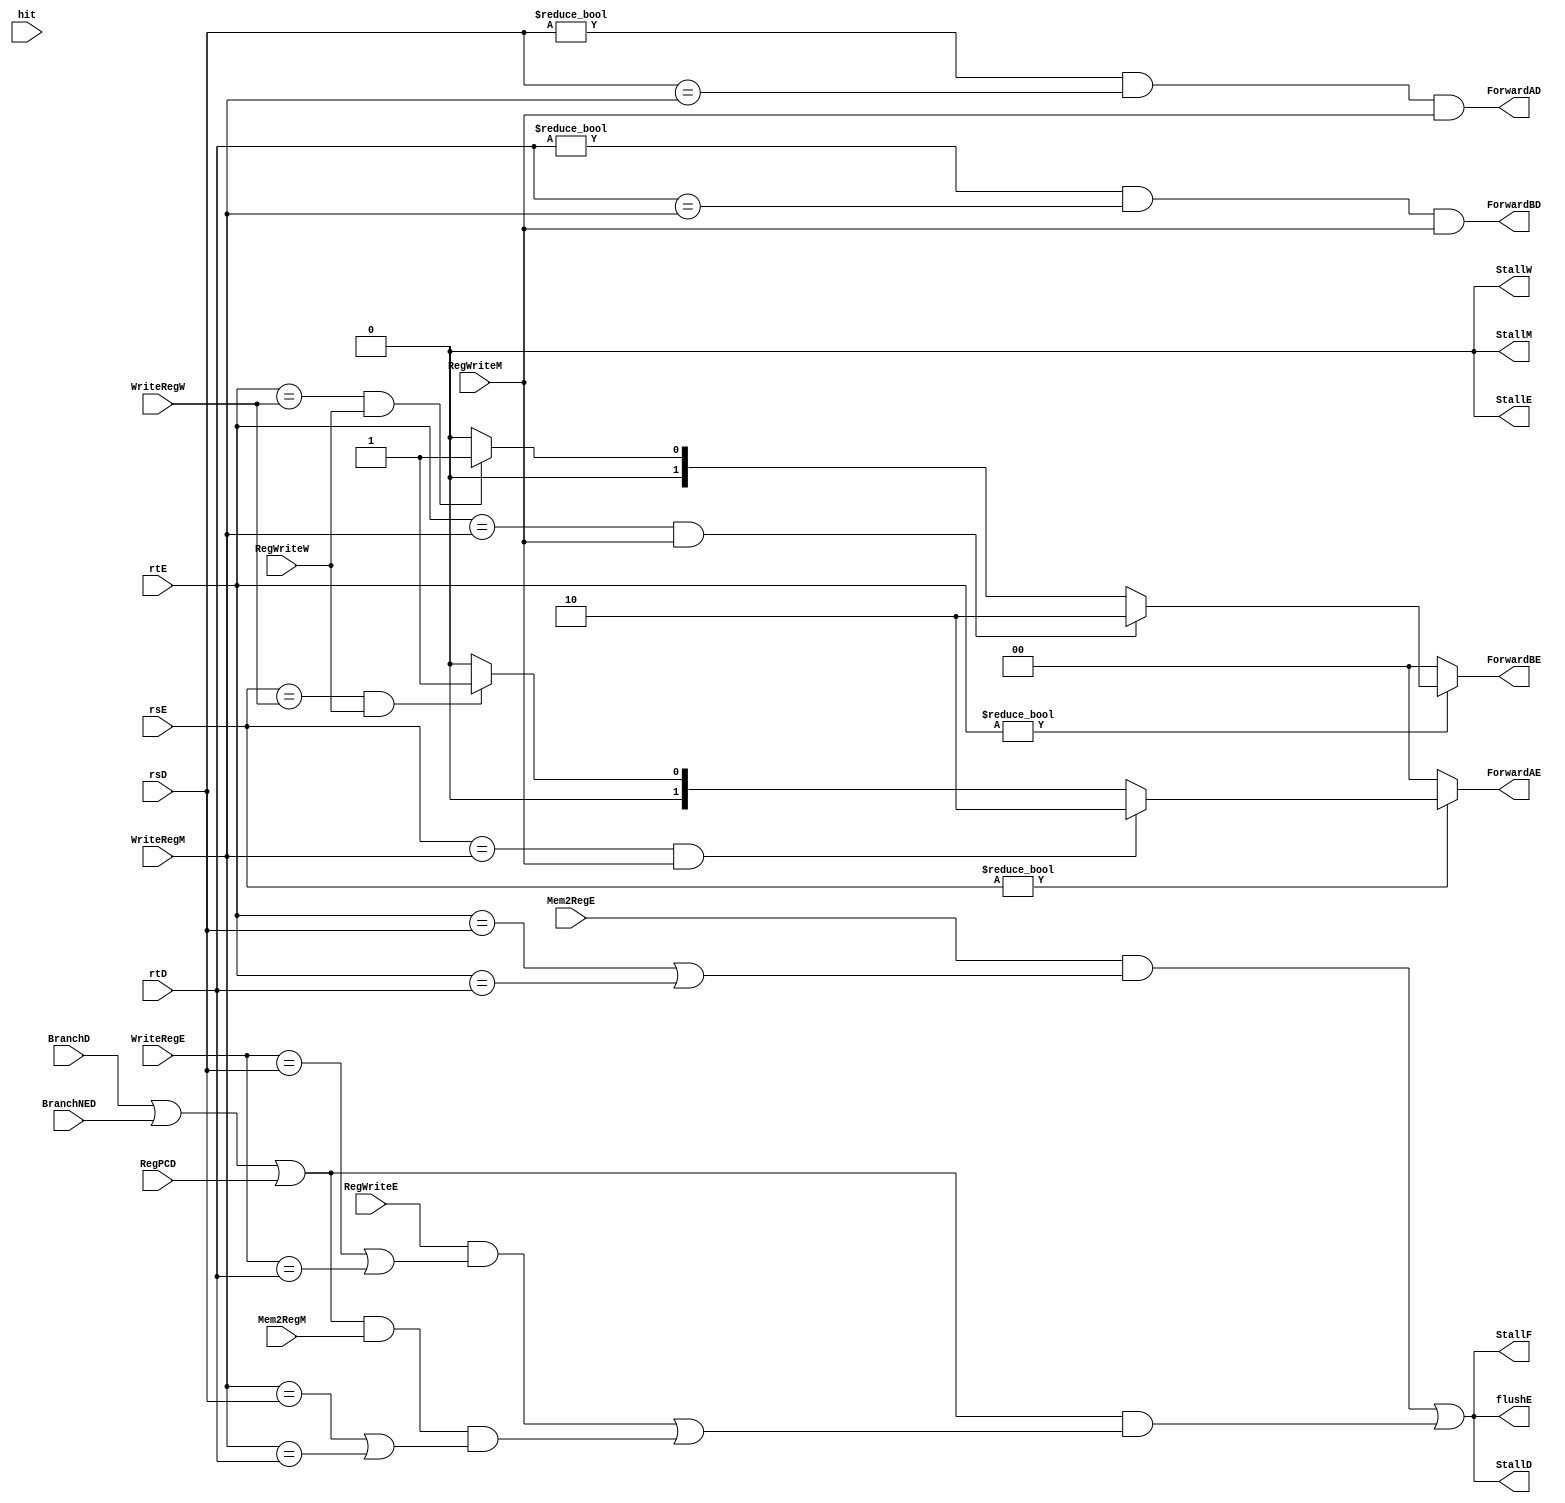
`timescale 1ns / 1ps
//////////////////////////////////////////////////////////////////////////////////
// Company: 
// Engineer: 
// 
// Design Name: 
// Module Name: hazard
// Project Name: 
// Target Devices: 
// Tool Versions: 
// Description: 
// 
// Dependencies: 
// 
// Revision:
// Revision 0.01 - File Created
// Additional Comments:
// 
//////////////////////////////////////////////////////////////////////////////////


module hazard(rsD, rtD, rsE, rtE, WriteRegE, WriteRegM, WriteRegW, 
			  RegWriteE, RegWriteM, RegWriteW, Mem2RegE, Mem2RegM,
			  BranchD, BranchNED, ForwardAD, ForwardBD,
			  ForwardAE, ForwardBE, StallF, StallD, StallE, StallM, StallW, flushE, RegPCD, hit);
	input [4:0] rsD, rtD, rsE, rtE;
	input [4:0] WriteRegE, WriteRegM, WriteRegW;
	input RegWriteE, RegWriteM, RegWriteW;
	input Mem2RegE, Mem2RegM, BranchD, BranchNED;
	output ForwardAD, ForwardBD;
	output reg [1:0] ForwardAE, ForwardBE;
	output StallF, StallD, StallE, StallM, StallW, flushE;
	input RegPCD;
	input [1:0] hit;
	
	wire LWStallD, BranchStallD;
	
	
	assign ForwardAD = (rsD != 0 & rsD == WriteRegM & RegWriteM);
	assign ForwardBD = (rtD != 0 & rtD == WriteRegM & RegWriteM);
	 // forward sources to Execute
	 always @(*)
	 	begin
	 		ForwardAE = 2'b00;
	 		ForwardBE = 2'b00;
	 		if (rsE != 0)
	 			if (rsE == WriteRegM & RegWriteM)
	 				ForwardAE = 2'b10;
	 			else if (rsE == WriteRegW & RegWriteW)
	 				ForwardAE = 2'b01;
	 		if (rtE != 0)
	 			if (rtE == WriteRegM & RegWriteM)
					ForwardBE = 2'b10;
				else if (rtE == WriteRegW & RegWriteW)
					ForwardBE = 2'b01;
		end
		
	//Stall
	assign LWStallD =  Mem2RegE & (rtE == rsD | rtE == rtD);
	assign BranchStallD = (BranchD | BranchNED | RegPCD) & (RegWriteE & (WriteRegE == rsD | WriteRegE == rtD) |
							(BranchD | BranchNED | RegPCD) & Mem2RegM & (WriteRegM == rsD | WriteRegM == rtD));
	assign StallD = LWStallD | BranchStallD;// | ~hit[0];
	assign StallF = StallD;
	assign StallE = 0;
	assign StallM = 0;
	assign StallW = 0;
	
	// StallD stalls all previous stages
	assign flushE = LWStallD | BranchStallD;

endmodule